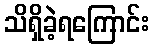
သိရှိခဲ့ရကြောင်း